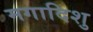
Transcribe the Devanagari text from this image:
मगादिशु